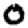
Digit: 0